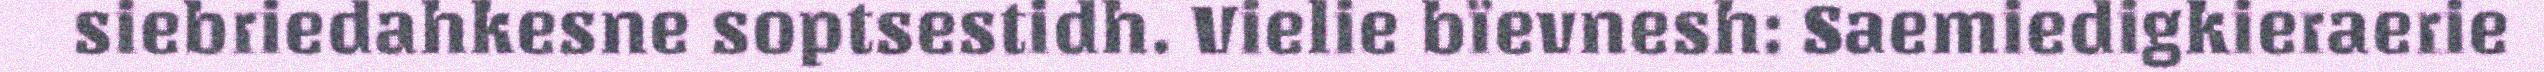
siebriedahkesne soptsestidh. Vielie bïevnesh: Saemiedigkieraerie